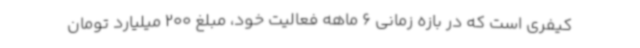
کیفری است که در بازه زمانی 6 ماهه فعالیت خود، مبلغ 200 میلیارد تومان